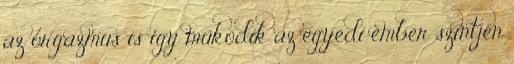
az orgazmus is így működik az egyedi ember szintjén